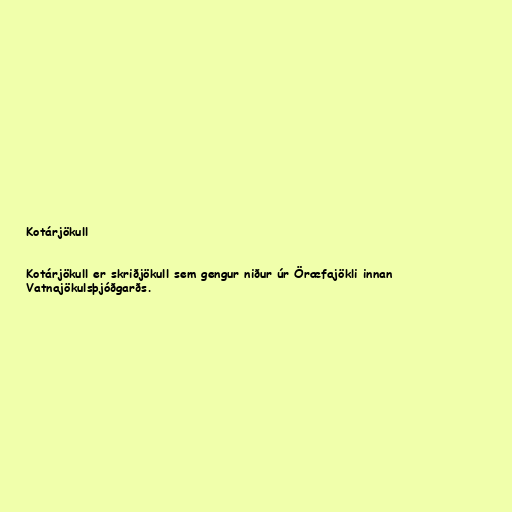
Kotárjökull

Kotárjökull er skriðjökull sem gengur niður úr Öræfajökli innan
Vatnajökulsþjóðgarðs.